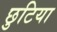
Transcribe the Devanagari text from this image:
छुटिया